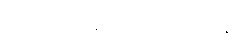
ဆရာတော်ပျံက ပွဲတွေနဲ့